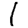
Digit: 1